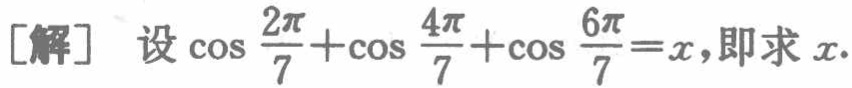
\[
[\text{解}]\quad\text{设}\cos\frac{2\pi}{7}+\cos\frac{4\pi}{7}+\cos\frac{6\pi}{7}=x,\text{即求 }x.
\]